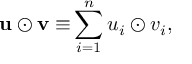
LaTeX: \mathbf { u } \odot \mathbf { v \equiv } \sum _ { i = 1 } ^ { n } u _ { i } \odot v _ { i } ,